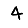
Digit: 4